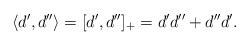
LaTeX: \begin{align*} \langle d', d'' \rangle = [d',d'']_+ = d'd''+d''d'. \end{align*}